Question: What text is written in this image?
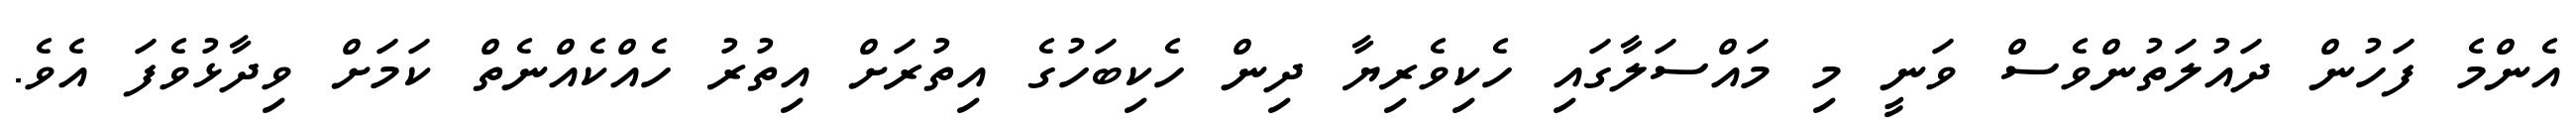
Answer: އެންމެ ފަހުން ދައުލަތުންވެސް ވަނީ މި މައްސަލާގައި ހެކިވެރިޔާ ދިން ހެކިބަހުގެ އިތުރަށް އިތުރު ހެއްކެއްނެތް ކަމަށް ވިދާޅުވެފަ އެވެ.